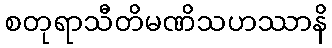
စတုရာသီတိမဏိသဟဿာနိ